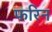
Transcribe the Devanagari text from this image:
फरिन